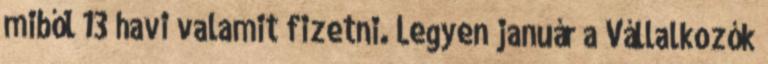
miből 13 havi valamit fizetni. Legyen január a Vállalkozók